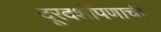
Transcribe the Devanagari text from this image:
दूरदर्शीपणाची